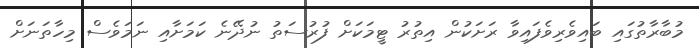
މުބާރާތުގައި ބައިވެރިވެފައިވާ ރަަށަކުން އިތުރު ޓީމަކަށް ފުރުސަތު ނުދޭނެ ކަމަށާއި ނަމަވެސް މިހާތަނަށް